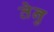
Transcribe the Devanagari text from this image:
तेनु